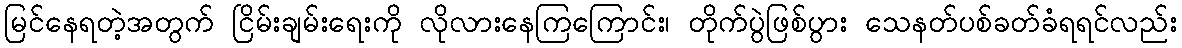
မြင်နေရတဲ့အတွက် ငြိမ်းချမ်းရေးကို လိုလားနေကြကြောင်း၊ တိုက်ပွဲဖြစ်ပွား သေနတ်ပစ်ခတ်ခံရရင်လည်း